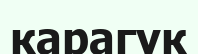
карагук